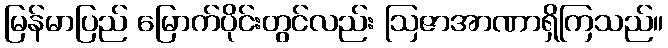
မြန်မာပြည် မြောက်ပိုင်းတွင်လည်း ဩဇာအာဏာရှိကြသည်။